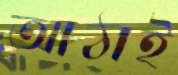
আঠাই